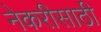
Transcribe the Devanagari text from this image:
नेकरीसाठी